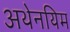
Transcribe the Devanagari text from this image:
अथेनयिम